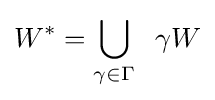
W^{*}=\bigcup _{\gamma \in \Gamma }\;\;\gamma W